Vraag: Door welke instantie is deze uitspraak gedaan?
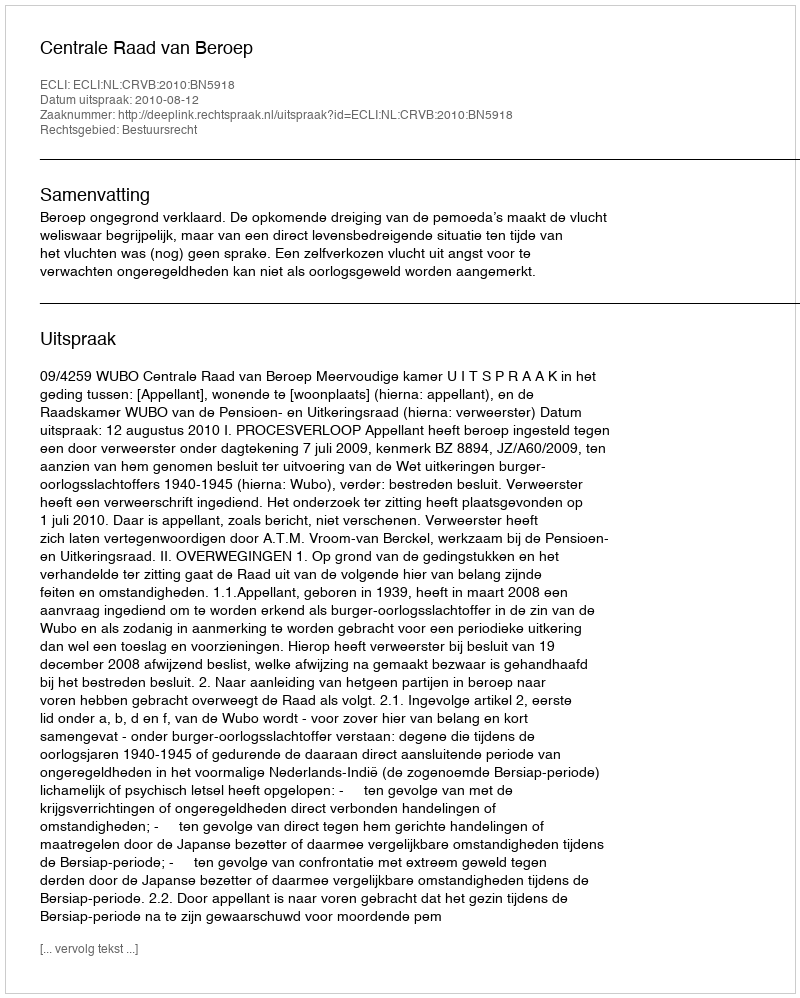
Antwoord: Centrale Raad van Beroep